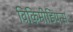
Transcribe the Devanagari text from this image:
विकिमीडियन्स